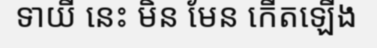
ទាយី នេះ មិន មែន កើតឡើង